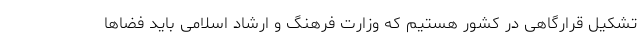
تشکیل قرارگاهی در کشور هستیم که وزارت فرهنگ و ارشاد اسلامی باید فضاها